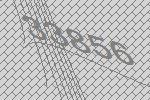
33856